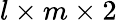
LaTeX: l\times m\times 2